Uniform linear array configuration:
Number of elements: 4
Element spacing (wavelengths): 1
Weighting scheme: binomial
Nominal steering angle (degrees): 45
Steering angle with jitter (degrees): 46.812
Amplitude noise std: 0.05
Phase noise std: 0.05

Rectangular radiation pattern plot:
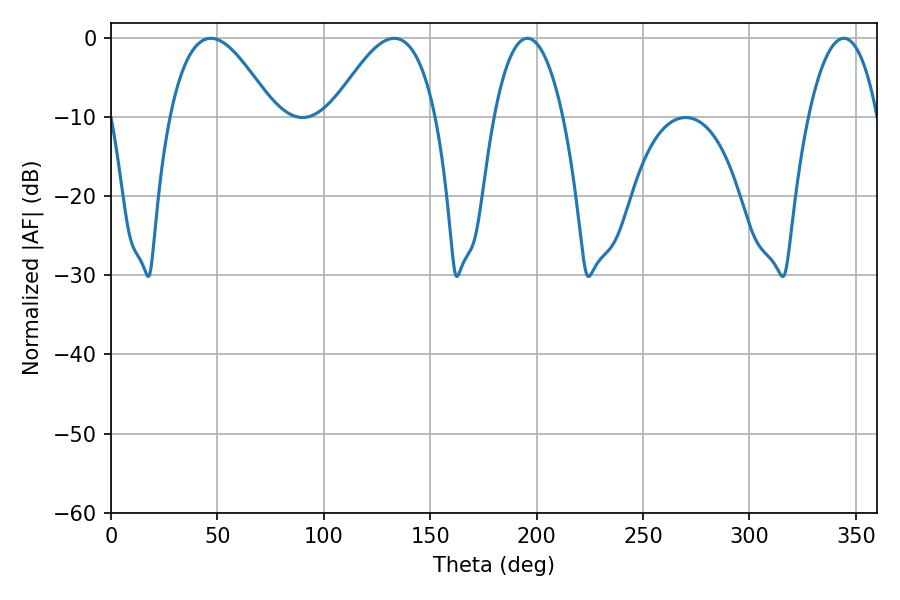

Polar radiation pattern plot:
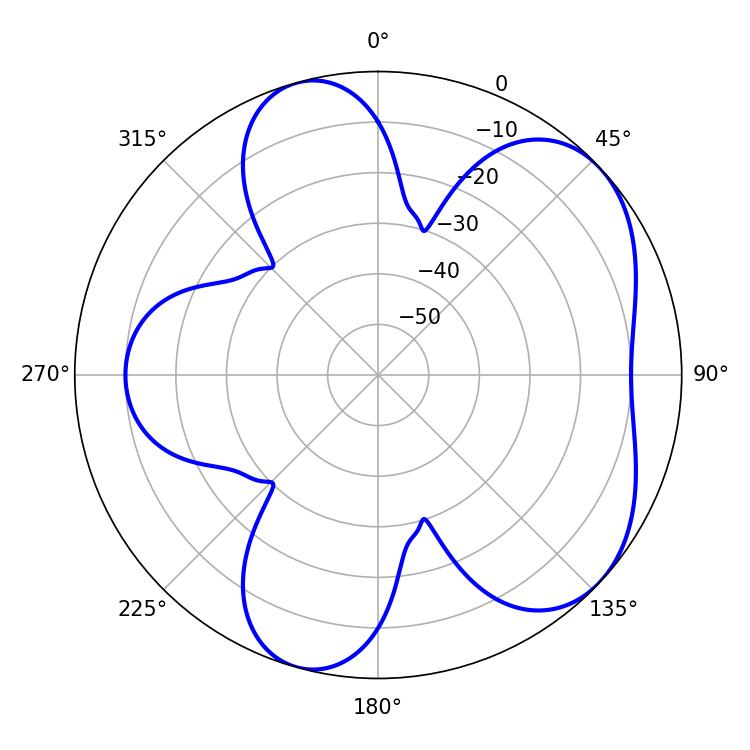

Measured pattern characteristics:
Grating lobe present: TRUE
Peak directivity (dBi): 5.532
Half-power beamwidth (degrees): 18
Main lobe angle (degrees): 195.66